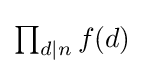
{\textstyle \prod _{d\mid n}f(d)}